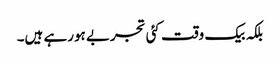
بلکہ بیک وقت کئی تجربے ہورہے ہیں۔